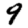
Digit: 9